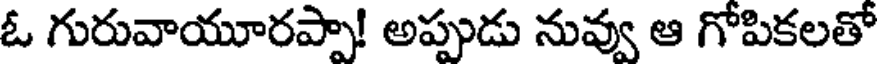
ఓ గురువాయూరప్పా! అప్పుడు నువ్వు ఆ గోపికలతో